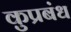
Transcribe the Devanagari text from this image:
कुप्रबंध